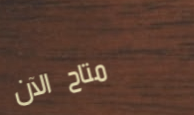
متاح الآن